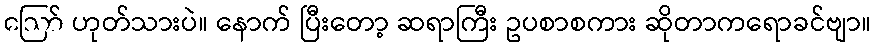
ဪ ဟုတ်သားပဲ။ နောက် ပြီးတော့ ဆရာကြီး ဥပစာစကား ဆိုတာကရောခင်ဗျာ။